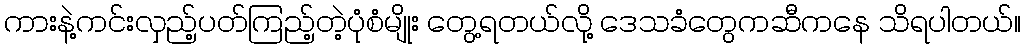
ကားနဲ့ကင်းလှည့်ပတ်ကြည့်တဲ့ပုံစံမျိုး တွေ့ရတယ်လို့ ဒေသခံတွေကဆီကနေ သိရပါတယ်။